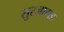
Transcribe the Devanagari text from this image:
सुरजागड